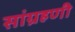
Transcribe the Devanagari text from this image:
सांग्रहणी